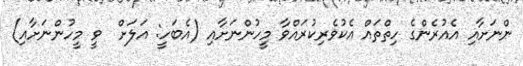
ންނަށާއި އެއުރެންގެ ހިތްތައް އެކުވެރިކުރައްވާ މީހުންނަށާއި (އެބަހީ: އަލަށް  ވީ މީހުންނަށާއި)